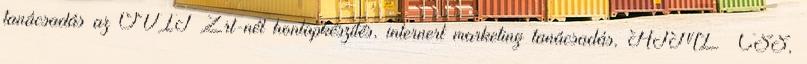
tanácsadás az OVIT Zrt-nél honlapkészítés, internert marketing tanácsadás, HTML CSS,